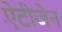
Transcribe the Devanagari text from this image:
ऐंटीजेन